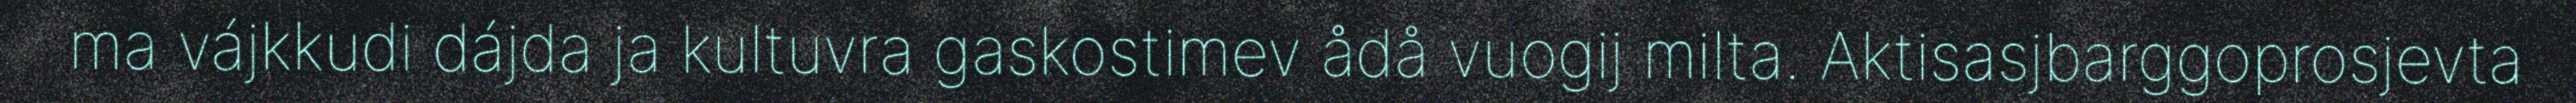
ma vájkkudi dájda ja kultuvra gaskostimev ådå vuogij milta. Aktisasjbarggoprosjevta